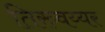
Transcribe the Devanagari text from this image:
तिरुवय्यर